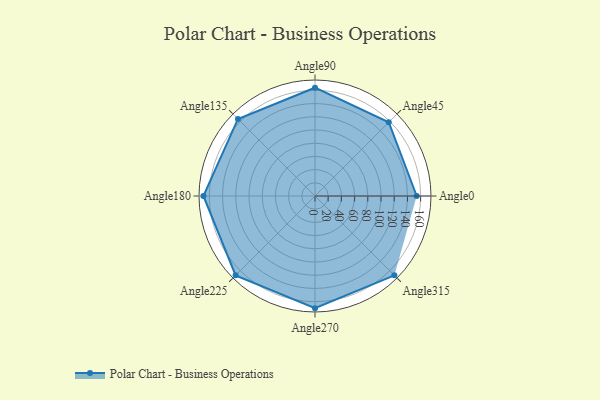
{"axis": {"x": "Angle", "y": "Radius"}, "legend": [""], "data": [{"x": "Angle0", "y": 154.0, "type": ""}, {"x": "Angle45", "y": 158.0, "type": ""}, {"x": "Angle90", "y": 164.0, "type": ""}, {"x": "Angle135", "y": 165.0, "type": ""}, {"x": "Angle180", "y": 169.0, "type": ""}, {"x": "Angle225", "y": 170, "type": ""}, {"x": "Angle270", "y": 170, "type": ""}, {"x": "Angle315", "y": 170, "type": ""}]}